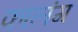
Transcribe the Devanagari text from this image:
फालंग